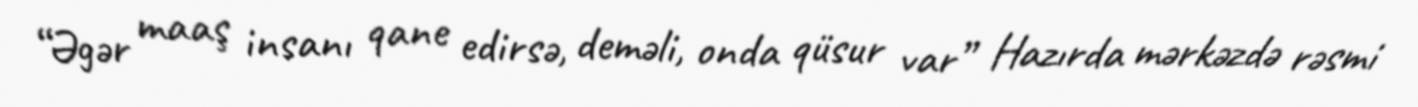
“Əgər maaş insanı qane edirsə, deməli, onda qüsur var” Hazırda mərkəzdə rəsmi